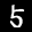
Label: 5